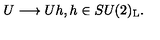
U \longrightarrow U h , h \in S U ( 2 ) _ { \mathrm { L } } .